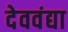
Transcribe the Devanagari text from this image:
देववंद्या